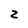
Character: z